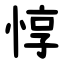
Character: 惇